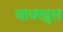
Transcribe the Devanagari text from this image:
बाक्खुस